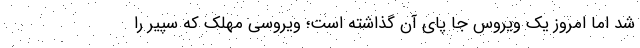
شد اما امروز یک ویروس جا پای آن گذاشته است؛ ویروسی مهلک که سپیر را